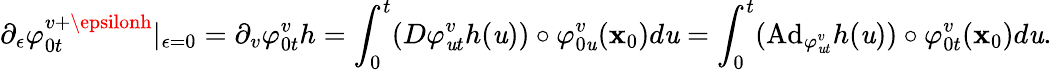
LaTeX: \partial_{\epsilon}\varphi_{0t}^{v+\epsilonh}|_{\epsilon=0}=\partial_{v}\varphi_{0t}^{v}h=\int_{0}^{t}(D\varphi_{\mathit{u}t}^{v}h(\mathit{u}))\circ\varphi_{0\mathit{u}}^{v}(\textbf{{x}}_{0})d\mathit{u}=\int_{0}^{t}(\mathrm{{Ad}}_{\varphi_{\mathit{u}t}^{v}}h(\mathit{u}))\circ\varphi_{0t}^{v}(\textbf{{x}}_{0})d\mathit{u}.